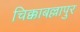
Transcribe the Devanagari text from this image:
चिक्काबल्लापुर